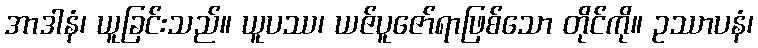
အာဒါနံ၊ ယူခြင်းသည်။ ယူပဿ၊ ယဇ်ပူဇော်ရာဖြစ်သော တိုင်ကို။ ဥဿာပနံ၊